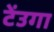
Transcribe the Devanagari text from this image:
टेंउगा